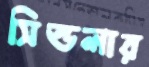
সিন্ডলার